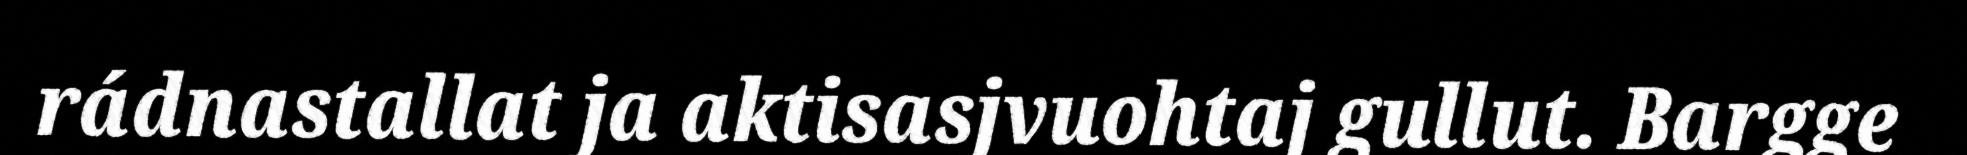
rádnastallat ja aktisasjvuohtaj gullut. Bargge